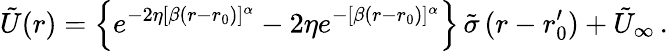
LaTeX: \tilde{U}(r)=\left\{ e^{-2\eta[\beta(r-r_{0})]^{\alpha}}-2\eta e^{-[\beta(r-r_{0})]^{\alpha}}\right\} \, \tilde{\sigma}\, (r-r_{0}^{\prime})+\tilde{U}_{\infty}\, .